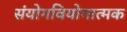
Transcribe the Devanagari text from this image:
संयोगवियोगात्मक